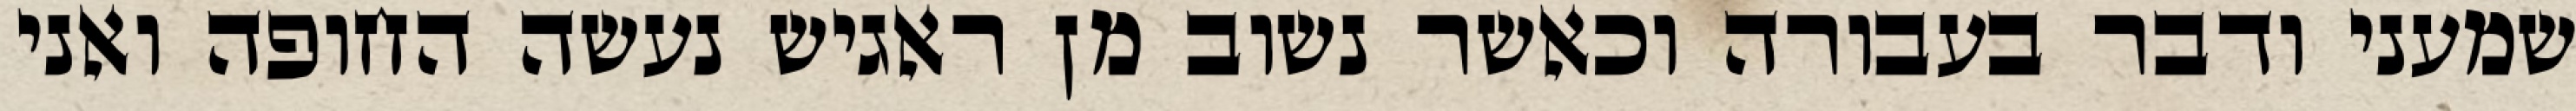
שמעני ודבר בעבורה וכאשר נשוב מן ראגיש נעשה החופה ואני